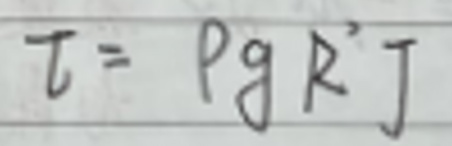
\[ \tau = \rho g R J \]